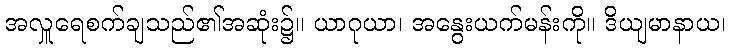
အလှူရေစက်ချသည်၏အဆုံး၌။ ယာဂုယာ၊ အနွေးယက်မန်းကို။ ဒိယျမာနာယ၊